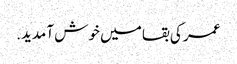
عمر کی بقا میں خوش آمدید.